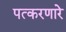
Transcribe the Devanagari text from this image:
पत्करणारे